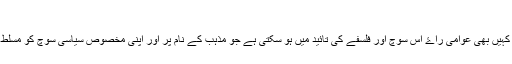
​
ميں نہيں سمجھتا کہ يہ دعوی کرنا دانش مندی ہے کہ امريکہ سميت دنيا ميں کہيں بھی عوامی راۓ اس سوچ اور فلسفے کی تائيد ميں ہو سکتی ہے جو مذہب کے نام پر اور اپنی مخصوص سياسی سوچ کو مسلط کرنے کے ليے بے گناہ شہريوں کے قتل کی ترغيب کو جائز قرار ديتی ہے۔